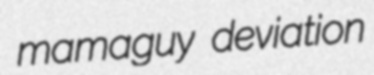
mamaguy deviation